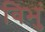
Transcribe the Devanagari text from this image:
विभुं